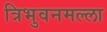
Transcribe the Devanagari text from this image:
त्रिभुवनमल्‍ला